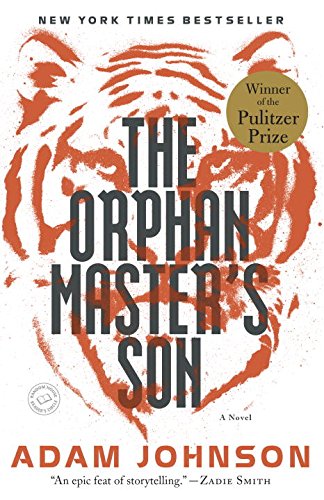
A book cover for The Orphan Master's Son: A Novel (Pulitzer Prize for Fiction); Adam Johnson; Mystery, Thriller & Suspense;